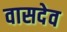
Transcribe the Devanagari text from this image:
वासदेव